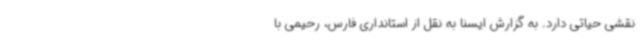
نقشی حیاتی دارد. به گزارش ایسنا به نقل از استانداری فارس، رحیمی با